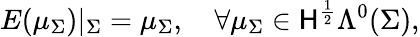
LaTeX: E(\mu_{\Sigma})|_{\Sigma}=\mu_{\Sigma},\quad\forall\mu_{\Sigma}\in\mathsf{H}^{\frac{{1}}{{2}}}\Lambda^{0}(\Sigma),